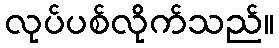
လုပ်ပစ်လိုက်သည်။